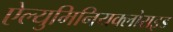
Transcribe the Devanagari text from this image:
ऐल्युमिनियक्लोराइड